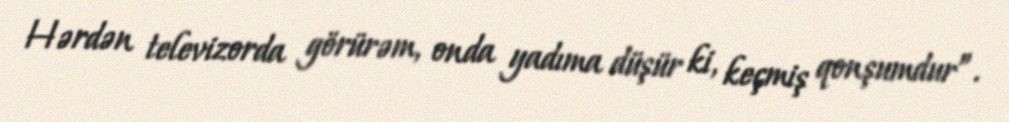
Hərdən televizorda görürəm, onda yadıma düşür ki, keçmiş qonşumdur”.